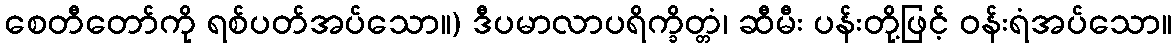
စေတီတော်ကို ရစ်ပတ်အပ်သော။) ဒီပမာလာပရိက္ခိတ္တံ၊ ဆီမီး ပန်းတို့ဖြင့် ဝန်းရံအပ်သော။